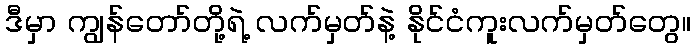
ဒီမှာ ကျွန်တော်တို့ရဲ့ လက်မှတ်နဲ့ နိုင်ငံကူးလက်မှတ်တွေ။